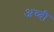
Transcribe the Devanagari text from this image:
अच्दी